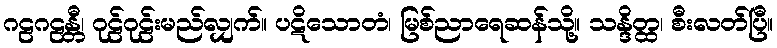
ဂဠဂဠန္တီ၊ ဂုဠ်ဂုဠ်းမည်လျှက်။ ပဋိသောတံ၊ မြစ်ညာရေဆန်သို့။ သန္ဒိတ္ထ၊ စီးလတ်ပြီ။